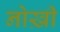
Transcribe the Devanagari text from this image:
नोख़ी